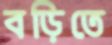
বড়িতে